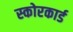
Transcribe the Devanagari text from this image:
स्‍कोरकार्ड